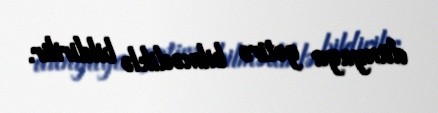
dünyaya gətirə bilmədiklə bildirilir.